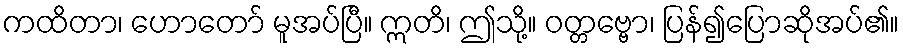
ကထိတာ၊ ဟောတော် မူအပ်ပြီ။ ဣတိ၊ ဤသို့။ ဝတ္တဗ္ဗော၊ ပြန်၍ပြောဆိုအပ်၏။